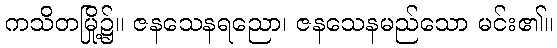
ကသိတမြို့၌။ ဇနသေနရညော၊ ဇနသေနမည်သော မင်း၏။